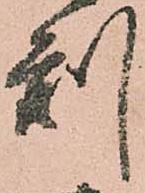
刻